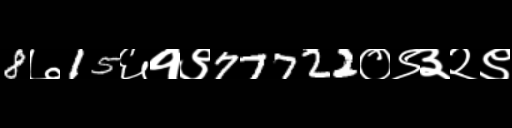
Text: 8७15६१९77722०९३२९